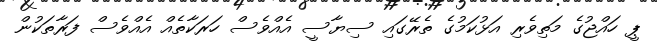
ޕީ ހައްޖުގެ މަތިވެރި އަޅުކަމުގެ ތެރޭގައި ސިޔާސީ އެއްވެސް ހަރަކާތެއް އެއްވެސް ފަރާތަކުން